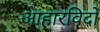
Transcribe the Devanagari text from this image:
आहारविदों